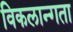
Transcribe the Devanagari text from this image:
विकलान्गता